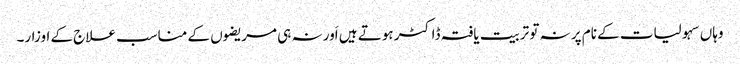
وہاں سہولیات کے نام پر نہ تو تربیت یافتہ ڈاکٹر ہوتے ہیں اَور نہ ہی مریضوں کے مناسب علاج کے اوزار۔